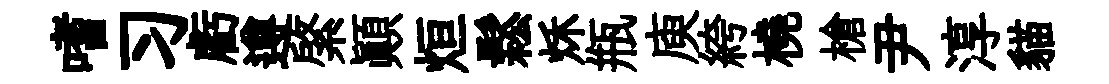
嗜习虧遵綮顛烜鬆秌瓶庾絝橈槍尹淳貓